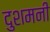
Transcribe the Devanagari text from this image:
दुशमनी